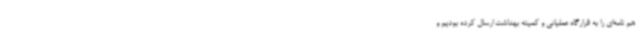
هم نامه‌ای را به قرارگاه عملیاتی و کمیته بهداشت ارسال کرده بودیم و